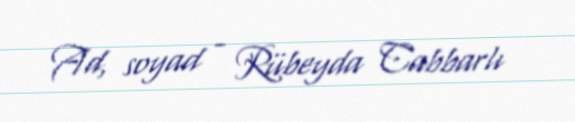
Ad, soyad - Rübeyda Cabbarlı